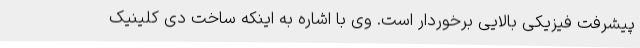
پیشرفت فیزیکی بالایی برخوردار است. وی با اشاره به اینکه ساخت دی کلینیک